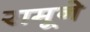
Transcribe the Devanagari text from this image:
रामूने